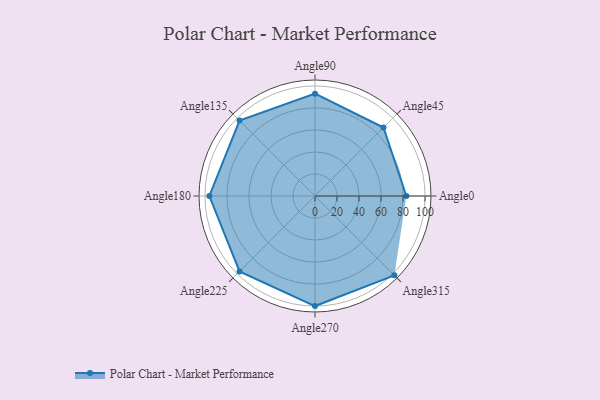
{"axis": {"x": "Angle", "y": "Radius"}, "legend": [""], "data": [{"x": "Angle0", "y": 83.0, "type": ""}, {"x": "Angle45", "y": 88.0, "type": ""}, {"x": "Angle90", "y": 93.0, "type": ""}, {"x": "Angle135", "y": 97.0, "type": ""}, {"x": "Angle180", "y": 96.0, "type": ""}, {"x": "Angle225", "y": 97.0, "type": ""}, {"x": "Angle270", "y": 100.0, "type": ""}, {"x": "Angle315", "y": 102.0, "type": ""}]}